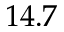
1 4 . 7